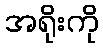
အရိုးကို